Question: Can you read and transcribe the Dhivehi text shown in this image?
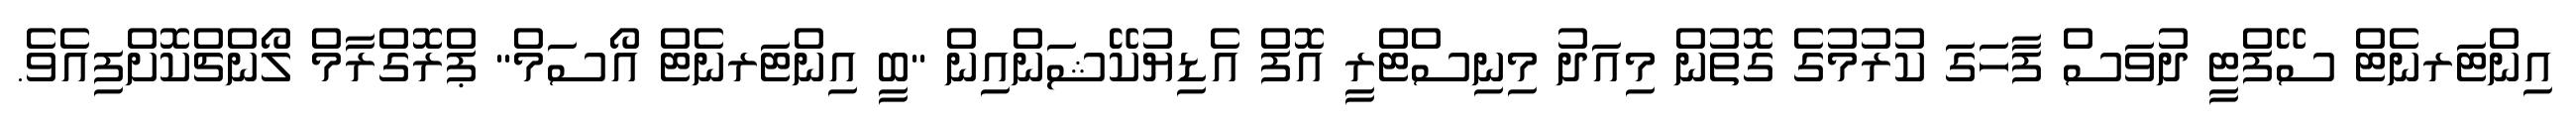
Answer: އިންޓަރނެޓް ސޭފްޓީ ދުވަސް ފާހަގަ ކުރުމުގެ ގޮތުން މިއަދު މިނިސްޓްރީ އޮފް އެޑިޔުކޭޝަންއިން "ބީ އިންޓަރނެޓް އޯސަމް" ޕްރޮގްރާމް ލޯންޗްކޮށްފިއެވެ.